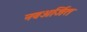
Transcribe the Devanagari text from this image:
नवअर्जित